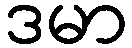
ဒမာ